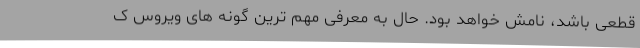
قطعی باشد، نامش خواهد بود. حال به معرفی مهم ترین گونه های ویروس ک